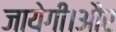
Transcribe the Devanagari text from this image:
जायेगी।और